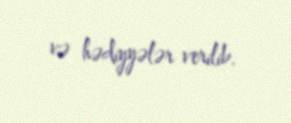
və hədiyyələr verilib.